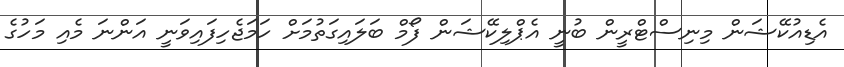
އެޑިއުކޭޝަން މިނިސްޓްރީން ބުނީ އެޕްލިކޭޝަން ފޯމް ބަލައިގަތުމަށް ހަމަޖެހިފައިވަނީ އަންނަ މެއި މަހުގެ